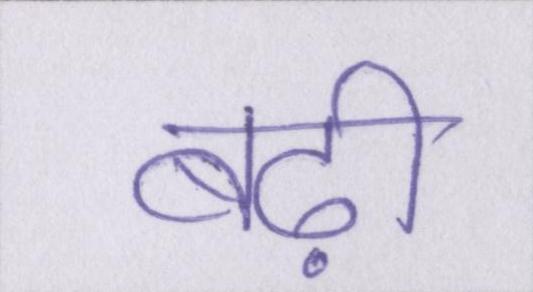
बढ़ी